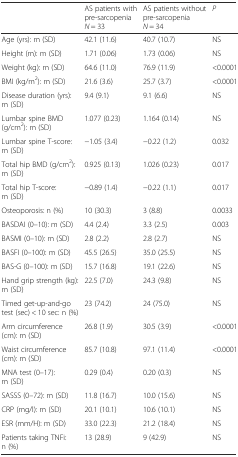
<table><thead><tr><td></td><td><b>AS patients with pre-sarcopenia <i>N</i> = 33</b></td><td><b>AS patients without pre-sarcopenia <i>N</i> = 34</b></td><td><b><i>P</i></b></td></tr></thead><tbody><tr><td>Age (yrs): m (SD)</td><td>42.1 (11.6)</td><td>40.7 (10.7)</td><td>NS</td></tr><tr><td>Height (m): m (SD)</td><td>1.71 (0.06)</td><td>1.73 (0.06)</td><td>NS</td></tr><tr><td>Weight (kg): m (SD)</td><td>64.6 (11.0)</td><td>76.9 (11.9)</td><td>&lt;0.0001</td></tr><tr><td>BMI (kg/m<sup>2</sup>): m (SD)</td><td>21.6 (3.6)</td><td>25.7 (3.7)</td><td>&lt;0.0001</td></tr><tr><td>Disease duration (yrs): m (SD)</td><td>9.4 (9.1)</td><td>9.1 (6.6)</td><td>NS</td></tr><tr><td>Lumbar spine BMD (g/cm<sup>2</sup>): m (SD)</td><td>1.077 (0.23)</td><td>1.164 (0.14)</td><td>NS</td></tr><tr><td>Lumbar spine T-score: m (SD)</td><td>−1.05 (3.4)</td><td>−0.22 (1.2)</td><td>0.032</td></tr><tr><td>Total hip BMD (g/cm<sup>2</sup>): m (SD)</td><td>0.925 (0.13)</td><td>1.026 (0.23)</td><td>0.017</td></tr><tr><td>Total hip T-score: m (SD)</td><td>−0.89 (1.4)</td><td>−0.22 (1.1)</td><td>0.017</td></tr><tr><td>Osteoporosis: n (%)</td><td>10 (30.3)</td><td>3 (8.8)</td><td>0.0033</td></tr><tr><td>BASDAI (0–10): m (SD)</td><td>4.4 (2.4)</td><td>3.3 (2.5)</td><td>0.003</td></tr><tr><td>BASMI (0–10): m (SD)</td><td>2.8 (2.2)</td><td>2.8 (2.7)</td><td>NS</td></tr><tr><td>BASFI (0–100): m (SD)</td><td>45.5 (26.5)</td><td>35.0 (25.5)</td><td>NS</td></tr><tr><td>BAS-G (0–100): m (SD)</td><td>15.7 (16.8)</td><td>19.1 (22.6)</td><td>NS</td></tr><tr><td>Hand grip strength (kg): m (SD)</td><td>22.5 (7.0)</td><td>24.3 (9.8)</td><td>NS</td></tr><tr><td>Timed get-up-and-go test (sec) &lt; 10 sec: n (%)</td><td>23 (74.2)</td><td>24 (75.0)</td><td>NS</td></tr><tr><td>Arm circumference (cm): m (SD)</td><td>26.8 (1.9)</td><td>30.5 (3.9)</td><td>&lt;0.0001</td></tr><tr><td>Waist circumference (cm): m (SD)</td><td>85.7 (10.8)</td><td>97.1 (11.4)</td><td>&lt;0.0001</td></tr><tr><td>MNA test (0–17): m (SD)</td><td>0.29 (0.4)</td><td>0.20 (0.3)</td><td>NS</td></tr><tr><td>SASSS (0–72): m (SD)</td><td>11.8 (16.7)</td><td>10.0 (15.6)</td><td>NS</td></tr><tr><td>CRP (mg/l): m (SD)</td><td>20.1 (10.1)</td><td>10.6 (10.1)</td><td>NS</td></tr><tr><td>ESR (mm/H): m (SD)</td><td>33.0 (22.3)</td><td>21.2 (18.4)</td><td>NS</td></tr><tr><td>Patients taking TNFi: n (%)</td><td>13 (28.9)</td><td>9 (42.9)</td><td>NS</td></tr></tbody></table>